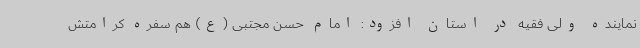
نماینده ولی فقیه در استان افزود: امام حسن مجتبی (ع) هم سفره کرامتش